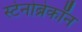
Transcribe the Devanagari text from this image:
स्टेनोब्रेकॉन